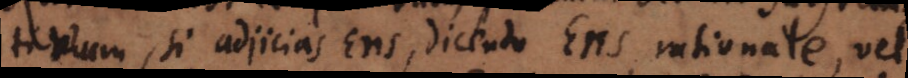
tivum, si adjicias Ens, dicendo Ens rationale, vel